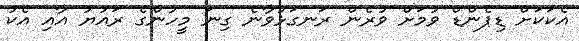
އެކަކަށް ޑިޕެންޑް ވުމަށް ވުރެން ރަނގަޅުވާނެ ގިނަ މީހުންގެ ރައުޔު އާއި އެކު